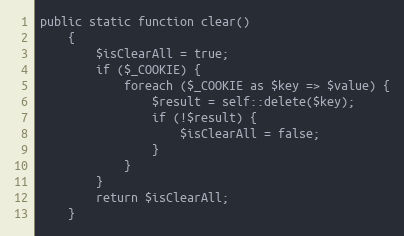
Language: PHP
public static function clear()
    {
        $isClearAll = true;
        if ($_COOKIE) {
            foreach ($_COOKIE as $key => $value) {
                $result = self::delete($key);
                if (!$result) {
                    $isClearAll = false;
                }
            }
        }
        return $isClearAll;
    }